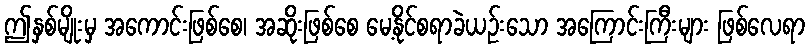
ဤနှစ်မျိုးမှ အကောင်းဖြစ်စေ၊ အဆိုးဖြစ်စေ မေ့နိုင်စရာခဲယဉ်းသော အကြောင်းကြီးများ ဖြစ်လေရာ